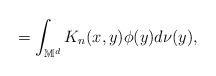
LaTeX: \begin{align*}=\int_{\mathbb{M}^{d}}K_{n}(x,y)\phi (y)d\nu (y), \end{align*}